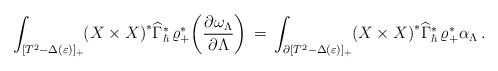
\begin{align*}\int_{[T^2 - \Delta(\varepsilon)]_+}\mskip-5mu \left(X \times X\right)^*\!\widehat\Gamma^*_\hbar\,\varrho_+^*\!\left(\frac{\partial\omega_\Lambda}{\partial\Lambda}\right)\,=\, \int_{\partial[T^2 - \Delta(\varepsilon)]_+}\mskip-5mu \left(X \times X\right)^*\!\widehat\Gamma^*_\hbar\,\varrho_+^*\alpha_\Lambda\,.\end{align*}